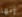
إنها